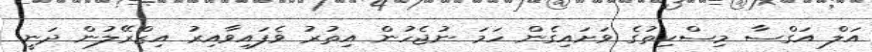
އަލް އަގްސާ މިސްކިތުގެ ވަށައިގެން ހަމަ ނުޖެހުން އިތުރު ވެފައިވާއިރު އިޒްރޭލުން ދަނީ